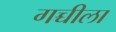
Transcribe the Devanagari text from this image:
गच्चीला